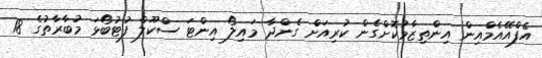
އެފްއޭއެމްއިން އިންތިޒާމުކޮށްގެން ކުރިއަށް ގެންދާ މައިލޯ އިންޓަ ސްކޫލް ފުޓުބޯޅަ މުބާރާތުގެ 18